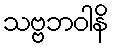
သဗ္ဗဘဝါနိ